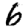
Digit: 6